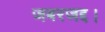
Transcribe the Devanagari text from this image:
जबरजद्द।